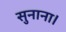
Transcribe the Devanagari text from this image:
सुनाना।